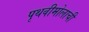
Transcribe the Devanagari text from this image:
पृथवीमोलाची